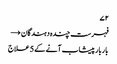
۷۲
فہرست چندہ دہندگان →
بار بار پیشاب آنے کے 5 علاج